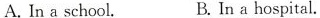
A. In a school. B. In a hospital.